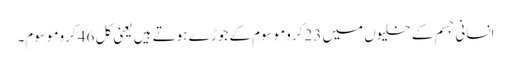
انسانی جسم کے خلیوں میں 23 کروموسوم کے جوڑے ہوتے ہیں یعنی کل 46 کروموسوم۔